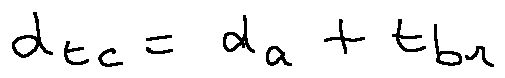
d _ { t c } = d _ { a } + t _ { b r }